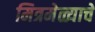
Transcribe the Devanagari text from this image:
मित्रमेळ्याचे